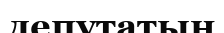
депутатын